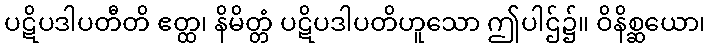
ပဋိပဒါပတီတိ ဧတ္ထ၊ နိမိတ္တံ ပဋိပဒါပတိဟူသော ဤပါဌ်၌။ ဝိနိစ္ဆယော၊